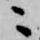
ニ